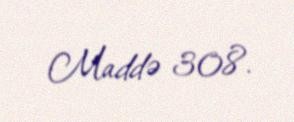
Maddə 308.